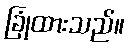
ခြုံထားသည်။